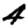
Digit: 4